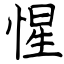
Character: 惺